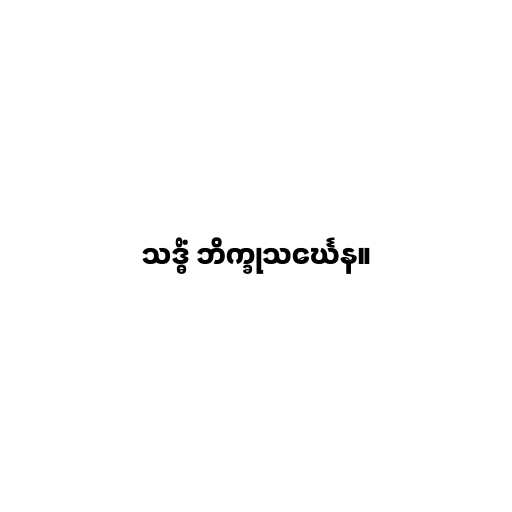
သဒ္ဓိံ ဘိက္ခုသင်္ဃေန။